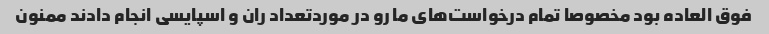
فوق العاده بود مخصوصا تمام درخواست‌های ما رو در مورد‌تعداد ران و اسپایسی انجام دادند ممنون